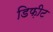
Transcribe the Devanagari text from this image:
डिफ़ीट